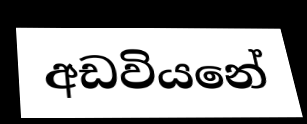
අඩවියනේ